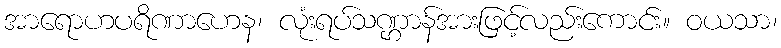
အာရောဟပရိဏာဟေန၊ လုံးရပ်သဏ္ဌာန်အားဖြင့်လည်းကောင်း။ ဝယသာ၊